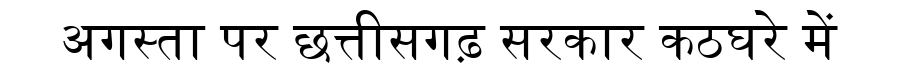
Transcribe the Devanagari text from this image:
अगस्ता पर छत्तीसगढ़ सरकार कठघरे में